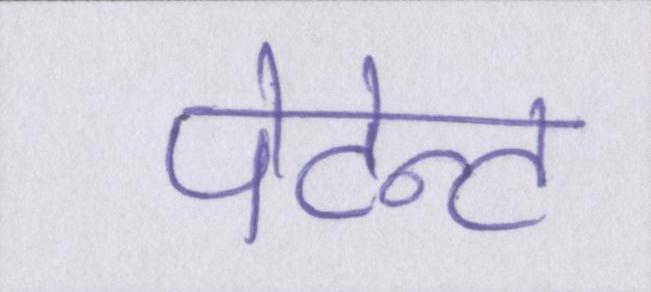
पेटेन्ट